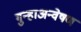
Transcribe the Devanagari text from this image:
गुन्हाअन्वेषण